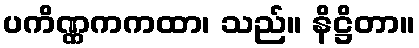
ပကိဏ္ဏကကထာ၊ သည်။ နိဋ္ဌိတာ။